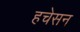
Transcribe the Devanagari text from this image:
हचेसन